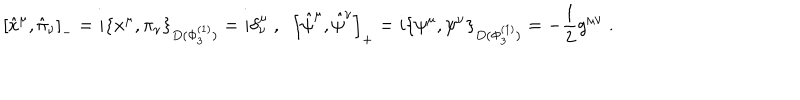
\left[ \hat { x } ^ { \mu } , \hat { \pi } _ { \nu } \right] _ { - } = i \left\{ x ^ { \mu } , \pi _ { \nu } \right\} _ { D ( \Phi _ { 3 } ^ { ( 1 ) } ) } = i \delta _ { \nu } ^ { \mu } \; , \; \; \left[ \hat { \psi } ^ { \mu } , \hat { \psi } ^ { \nu } \right] _ { + } = i \left\{ \psi ^ { \mu } , \psi ^ { \nu } \right\} _ { D ( \Phi _ { 3 } ^ { ( 1 ) } ) } = - \frac { 1 } { 2 } g ^ { \mu \nu } \; .